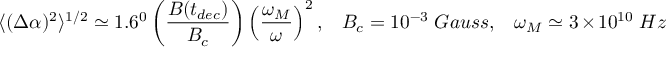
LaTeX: \langle ( \Delta \alpha ) ^ { 2 } \rangle ^ { 1 / 2 } \simeq 1 . 6 ^ { 0 } \left( \frac { B ( t _ { d e c } ) } { B _ { c } } \right) \left( \frac { \omega _ { M } } { \omega } \right) ^ { 2 } , ~ ~ ~ B _ { c } = 1 0 ^ { - 3 } ~ G a u s s , ~ ~ ~ \omega _ { M } \simeq 3 \times 1 0 ^ { 1 0 } ~ H z